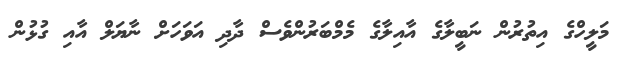
މަލީހްގެ އިތުރުން ނަބީލާގެ އާއިލާގެ މެމްބަރުންވެސް ދާދި އަވަހަށް ނާޔަލް އާއި ގުޅުން